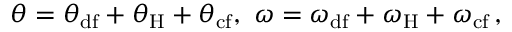
\begin{array} { r } { \theta = \theta _ { \mathrm { d f } } + \theta _ { \mathrm { H } } + \theta _ { \mathrm { c f } } , \ \omega = \omega _ { \mathrm { d f } } + \omega _ { \mathrm { H } } + \omega _ { \mathrm { c f } } \, , } \end{array}